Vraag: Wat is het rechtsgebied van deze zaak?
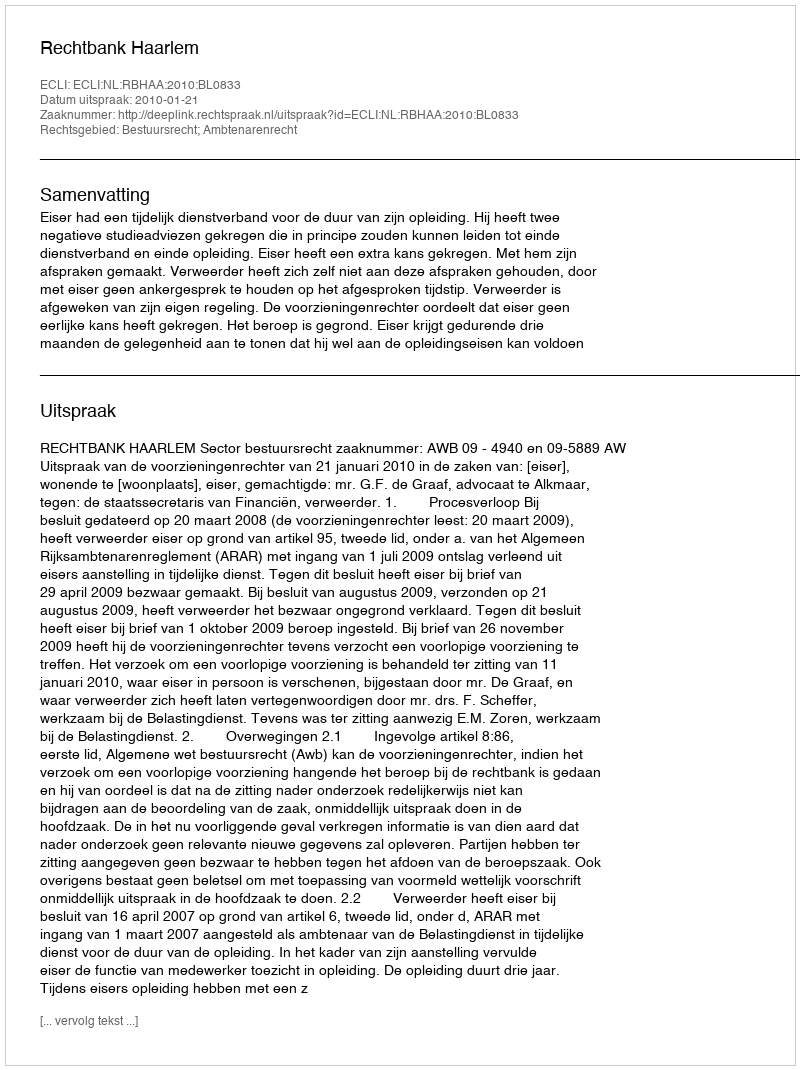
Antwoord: Bestuursrecht; Ambtenarenrecht